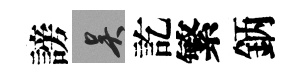
謗吴訖繁鈵